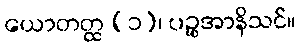
ယောတတ္ထ (၁)၊ ပဉ္စအာနိသင်။